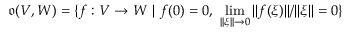
{ \mathfrak { o } } ( V , W ) = \{ f : V \to W \ | \ f ( 0 ) = 0 , \ \operatorname* { l i m } _ { | | \xi | | \to 0 } | | f ( \xi ) | | / | | \xi | | = 0 \}